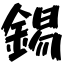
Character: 錫